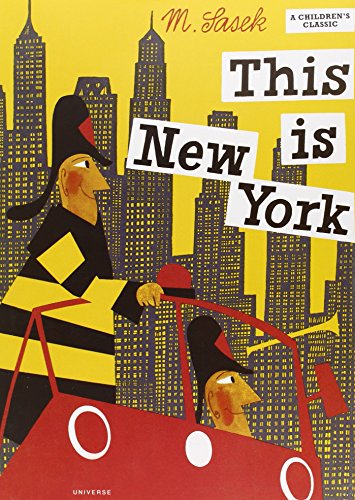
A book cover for This Is New York; Miroslav Sasek; Children's Books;